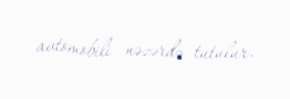
avtomobili nəzərdə tutulur.